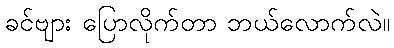
ခင်ဗျား ပြောလိုက်တာ ဘယ်လောက်လဲ။